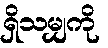
ရှိသမျှကို